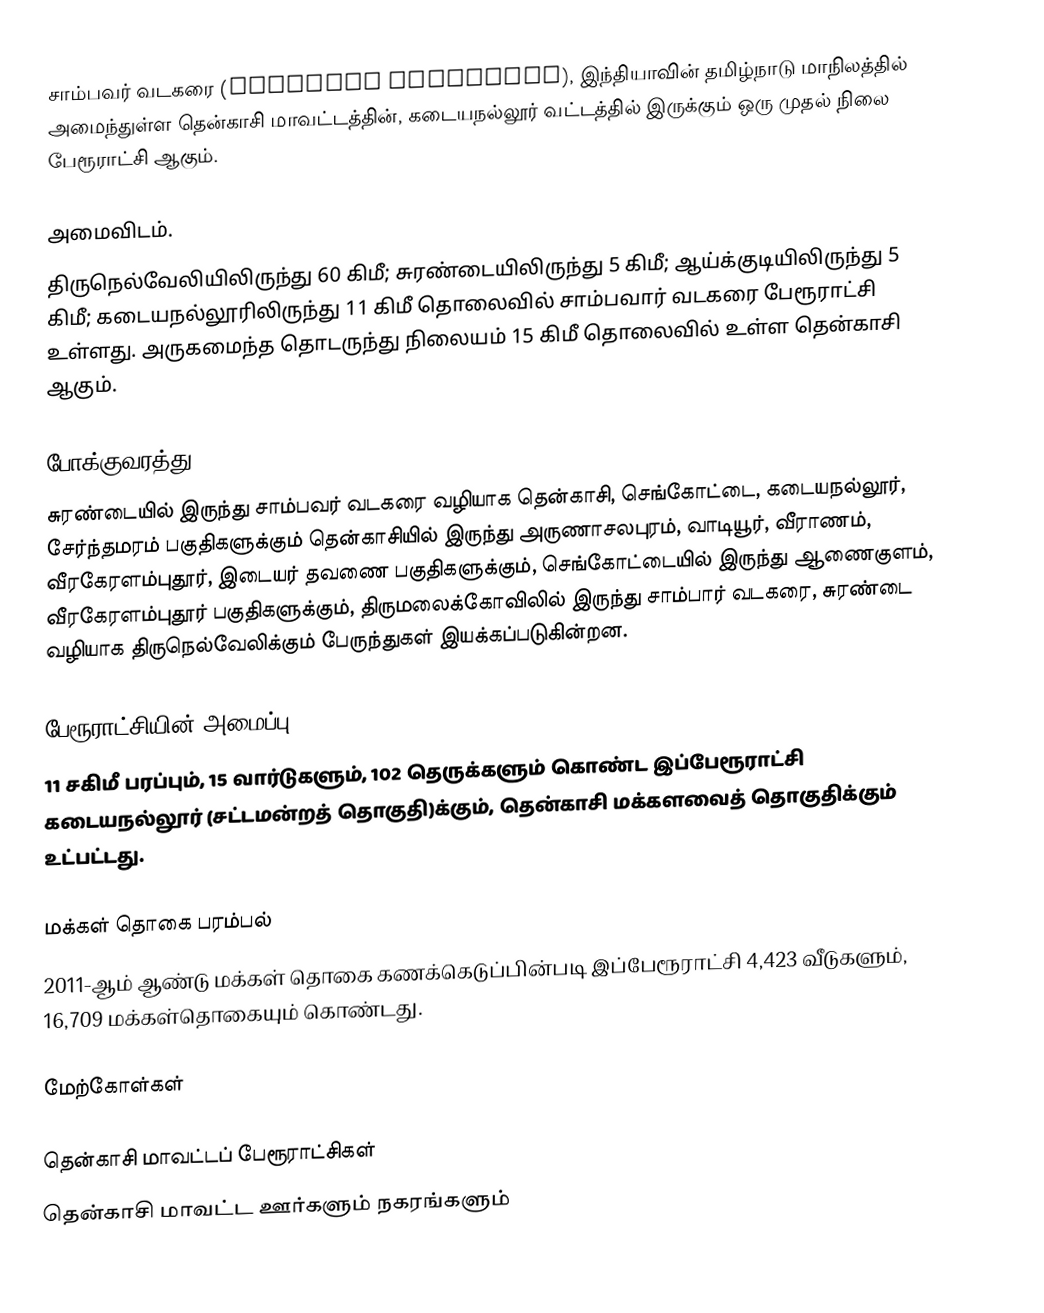
சாம்பவர் வடகரை (Sambavar Vadagarai), இந்தியாவின் தமிழ்நாடு மாநிலத்தில் அமைந்துள்ள தென்காசி மாவட்டத்தின், கடையநல்லூர் வட்டத்தில் இருக்கும் ஒரு  முதல் நிலை பேரூராட்சி ஆகும்.

அமைவிடம்.
திருநெல்வேலியிலிருந்து 60 கிமீ; சுரண்டையிலிருந்து 5 கிமீ; ஆய்க்குடியிலிருந்து 5 கிமீ; கடையநல்லூரிலிருந்து 11 கிமீ தொலைவில் சாம்பவார் வடகரை பேரூராட்சி உள்ளது. அருகமைந்த தொடருந்து நிலையம் 15 கிமீ தொலைவில் உள்ள தென்காசி ஆகும்.

போக்குவரத்து
சுரண்டையில் இருந்து  சாம்பவர் வடகரை வழியாக தென்காசி, செங்கோட்டை, கடையநல்லூர், சேர்ந்தமரம் பகுதிகளுக்கும் தென்காசியில் இருந்து  அருணாசலபுரம், வாடியூர், வீராணம், வீரகேரளம்புதூர்,  இடையர் தவணை பகுதிகளுக்கும், செங்கோட்டையில் இருந்து ஆணைகுளம், வீரகேரளம்புதூர் பகுதிகளுக்கும், திருமலைக்கோவிலில் இருந்து சாம்பார் வடகரை, சுரண்டை வழியாக திருநெல்வேலிக்கும் பேருந்துகள் இயக்கப்படுகின்றன.

பேரூராட்சியின் அமைப்பு
11 சகிமீ பரப்பும்,  15 வார்டுகளும்,  102 தெருக்களும் கொண்ட இப்பேரூராட்சி  கடையநல்லூர் (சட்டமன்றத் தொகுதி)க்கும், தென்காசி மக்களவைத் தொகுதிக்கும் உட்பட்டது.

மக்கள் தொகை பரம்பல்
2011-ஆம் ஆண்டு மக்கள் தொகை கணக்கெடுப்பின்படி  இப்பேரூராட்சி                   4,423 வீடுகளும், 16,709 மக்கள்தொகையும் கொண்டது.

மேற்கோள்கள்

தென்காசி மாவட்டப் பேரூராட்சிகள்
தென்காசி மாவட்ட ஊர்களும் நகரங்களும்